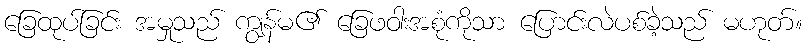
ခြေထုပ်ခြင်း အမှုသည် ကျွန်မ၏ ခြေဖဝါးအစုံကိုသာ ပြောင်းလဲပစ်ခဲ့သည် မဟုတ်။